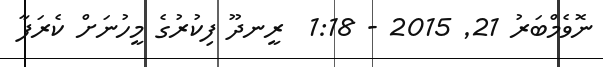
ނޮވެމްބަރު 21